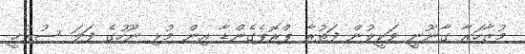
މުޒާހަރާ ގާނޫނީ ވަކީލުން ފަތުރާ ޕްރޮޕެގެންޑާ އިން މުޅި ނޫހުގެ ފަލަ ސުރުޚީ